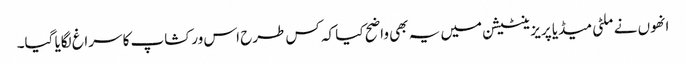
انھوں نے ملٹی میڈیا پریزینٹیشن میں یہ بھی واضح کیا کہ کس طرح اس ورکشاپ کا سراغ لگایا گیا۔